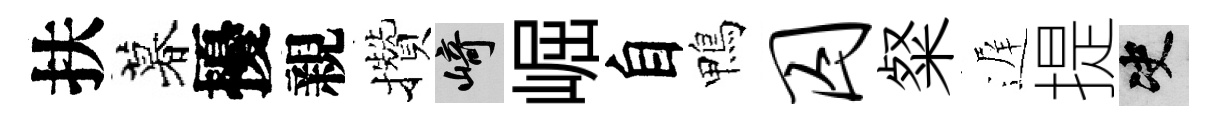
扶暮擾親攢崎崛自鴨囚粲遅提决